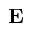
\mathbf { E }